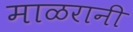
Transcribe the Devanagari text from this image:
माळरानी